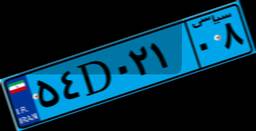
۵۴D۰۲۱۰۸